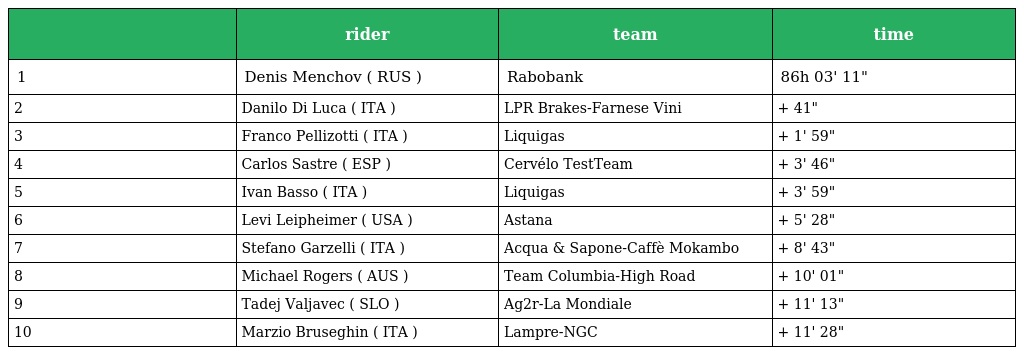
|  | rider | team | time |
 | --- | --- | --- | --- |
 | 1 | Denis Menchov ( RUS ) | Rabobank | 86h 03' 11" |
 | 2 | Danilo Di Luca ( ITA ) | LPR Brakes-Farnese Vini | + 41" |
 | 3 | Franco Pellizotti ( ITA ) | Liquigas | + 1' 59" |
 | 4 | Carlos Sastre ( ESP ) | Cervélo TestTeam | + 3' 46" |
 | 5 | Ivan Basso ( ITA ) | Liquigas | + 3' 59" |
 | 6 | Levi Leipheimer ( USA ) | Astana | + 5' 28" |
 | 7 | Stefano Garzelli ( ITA ) | Acqua & Sapone-Caffè Mokambo | + 8' 43" |
 | 8 | Michael Rogers ( AUS ) | Team Columbia-High Road | + 10' 01" |
 | 9 | Tadej Valjavec ( SLO ) | Ag2r-La Mondiale | + 11' 13" |
 | 10 | Marzio Bruseghin ( ITA ) | Lampre-NGC | + 11' 28" |